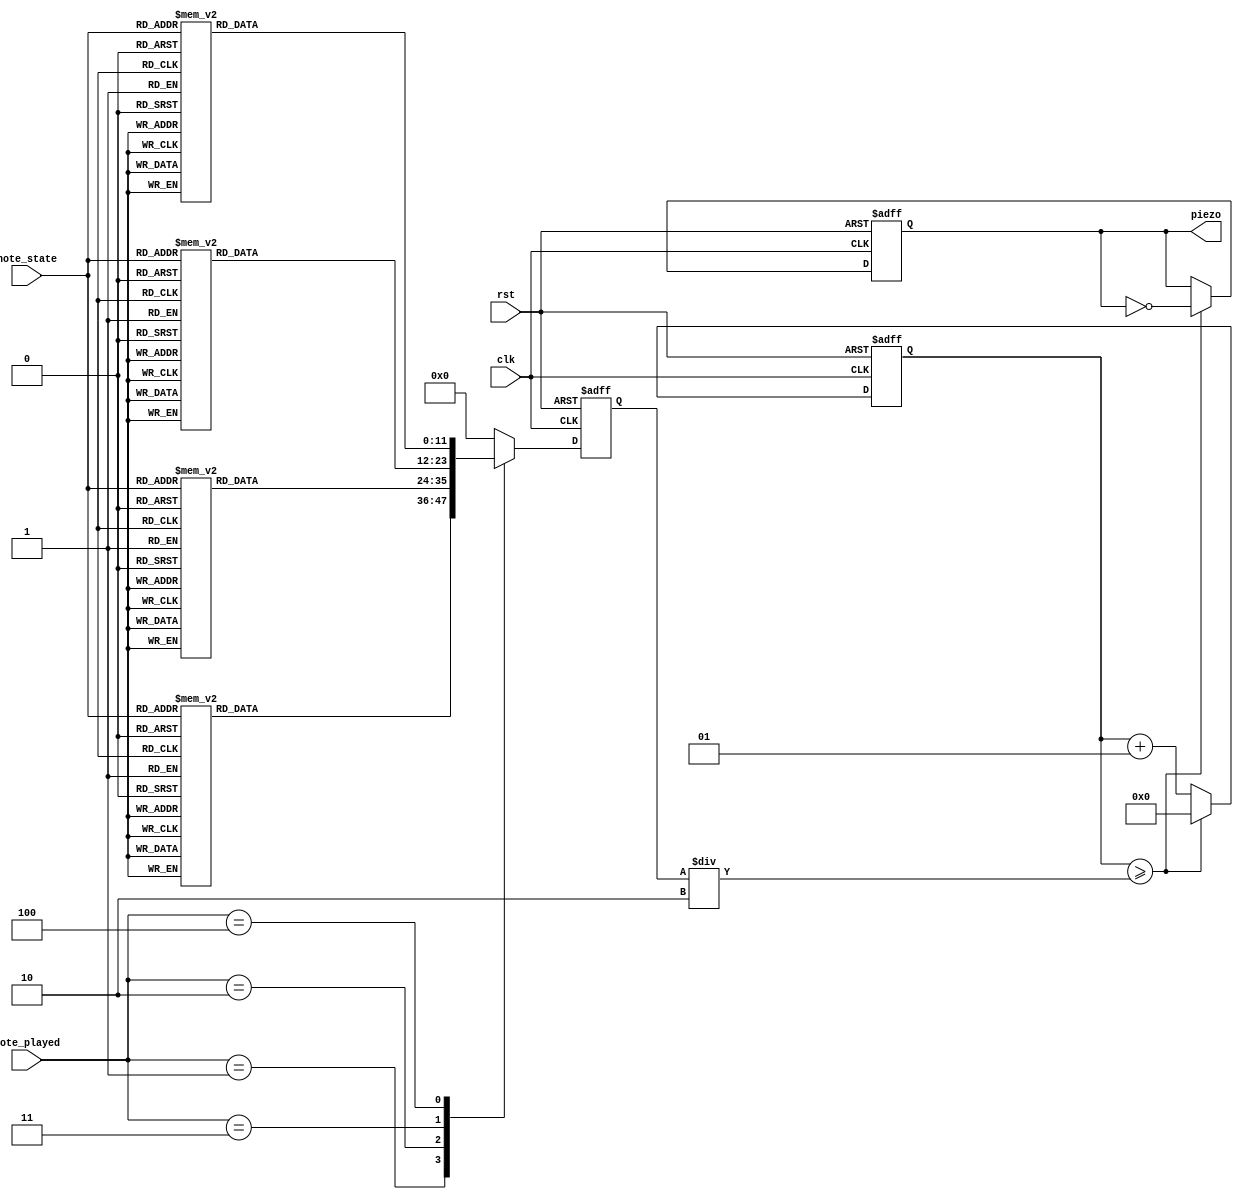
`timescale 1ns / 1ps
//////////////////////////////////////////////////////////////////////////////////
// Company: 
// Engineer: 
// 
// Design Name: 
// Module Name: item_based_piezo
// Project Name: 
// Target Devices: 
// Tool Versions: 
// Description: 
// 
// Dependencies: 
// 
// Revision:
// Revision 0.01 - File Created
// Additional Comments:
// 
//////////////////////////////////////////////////////////////////////////////////


module item_based_piezo(
    input clk, rst,
    input [3:0] note_state,
    input [2:0] note_played,
    output reg piezo
    );

    // piezo  
    reg [11:0] piezo_limit;
    parameter xx = 12'd0;
    parameter do = 12'd3830;
    parameter re = 12'd3400;
    parameter mi = 12'd3038;
    parameter fa = 12'd2864;
    parameter so = 12'd2550;
    parameter la = 12'd2272;
    parameter ti = 12'd2028;
    parameter high_do = 12'd1912;

    parameter note_100w = 1;
    parameter note_500w = 2;
    parameter note_1000w = 3;
    parameter note_prod1 = 4;
    parameter note_prod2 = 5;
    parameter note_prod3 = 6;
    parameter note_prod4 = 7;
    parameter note_buy_prod1 = 8;
    parameter note_buy_prod2 = 9;
    parameter note_buy_prod3 = 10;
    parameter note_buy_prod4 = 11;
    parameter note_warn = 12;

    parameter [12*4-1:0] note_100w_lut = { do, mi, so, so };
    parameter [12*4-1:0] note_500w_lut = { re, fa, la, la };
    parameter [12*4-1:0] note_1000w_lut = { mi, so, ti, ti };
    parameter [12*4-1:0] note_prod1_lut = { do, xx, do, xx };
    parameter [12*4-1:0] note_prod2_lut = { re, xx, re, xx };
    parameter [12*4-1:0] note_prod3_lut = { mi, xx, mi, xx };
    parameter [12*4-1:0] note_prod4_lut = { fa, xx, fa, xx };
    parameter [12*4-1:0] note_buy_prod1_lut = { do, re, mi, fa };
    parameter [12*4-1:0] note_buy_prod2_lut = { re, mi, fa, so };
    parameter [12*4-1:0] note_buy_prod3_lut = { mi, fa, so, la };
    parameter [12*4-1:0] note_buy_prod4_lut = { fa, so, la, ti };
    parameter [12*4-1:0] note_warn_lut = { ti, ti, ti, ti };

    //   always
    always @(negedge rst, posedge clk) begin
        if (!rst) begin
            piezo_limit = xx;
        end
        else begin
            //   1           
            case (note_played)
                1 : begin
                    case (note_state)
                        note_100w : piezo_limit = note_100w_lut[12*4-1:12*3];
                        note_500w : piezo_limit = note_500w_lut[12*4-1:12*3];
                        note_1000w : piezo_limit = note_1000w_lut[12*4-1:12*3];
                        note_prod1 : piezo_limit = note_prod1_lut[12*4-1:12*3];
                        note_prod2 : piezo_limit = note_prod2_lut[12*4-1:12*3];
                        note_prod3 : piezo_limit = note_prod3_lut[12*4-1:12*3];
                        note_prod4 : piezo_limit = note_prod4_lut[12*4-1:12*3];
                        note_buy_prod1 : piezo_limit = note_buy_prod1_lut[12*4-1:12*3];
                        note_buy_prod2 : piezo_limit = note_buy_prod2_lut[12*4-1:12*3];
                        note_buy_prod3 : piezo_limit = note_buy_prod3_lut[12*4-1:12*3];
                        note_buy_prod4 : piezo_limit = note_buy_prod4_lut[12*4-1:12*3];
                        note_warn : piezo_limit = note_warn_lut[12*4-1:12*3];
                        default : piezo_limit = xx;
                    endcase
                end
                2 : begin
                    case (note_state)
                        note_100w : piezo_limit = note_100w_lut[12*3-1:12*2];
                        note_500w : piezo_limit = note_500w_lut[12*3-1:12*2];
                        note_1000w : piezo_limit = note_1000w_lut[12*3-1:12*2];
                        note_prod1 : piezo_limit = note_prod1_lut[12*3-1:12*2];
                        note_prod2 : piezo_limit = note_prod2_lut[12*3-1:12*2];
                        note_prod3 : piezo_limit = note_prod3_lut[12*3-1:12*2];
                        note_prod4 : piezo_limit = note_prod4_lut[12*3-1:12*2];
                        note_buy_prod1 : piezo_limit = note_buy_prod1_lut[12*3-1:12*2];
                        note_buy_prod2 : piezo_limit = note_buy_prod2_lut[12*3-1:12*2];
                        note_buy_prod3 : piezo_limit = note_buy_prod3_lut[12*3-1:12*2];
                        note_buy_prod4 : piezo_limit = note_buy_prod4_lut[12*3-1:12*2];
                        note_warn : piezo_limit = note_warn_lut[12*3-1:12*2];
                        default : piezo_limit = xx;
                    endcase
                end
                3 : begin
                    case (note_state)
                        note_100w : piezo_limit = note_100w_lut[12*2-1:12*1];
                        note_500w : piezo_limit = note_500w_lut[12*2-1:12*1];
                        note_1000w : piezo_limit = note_1000w_lut[12*2-1:12*1];
                        note_prod1 : piezo_limit = note_prod1_lut[12*2-1:12*1];
                        note_prod2 : piezo_limit = note_prod2_lut[12*2-1:12*1];
                        note_prod3 : piezo_limit = note_prod3_lut[12*2-1:12*1];
                        note_prod4 : piezo_limit = note_prod4_lut[12*2-1:12*1];
                        note_buy_prod1 : piezo_limit = note_buy_prod1_lut[12*2-1:12*1];
                        note_buy_prod2 : piezo_limit = note_buy_prod2_lut[12*2-1:12*1];
                        note_buy_prod3 : piezo_limit = note_buy_prod3_lut[12*2-1:12*1];
                        note_buy_prod4 : piezo_limit = note_buy_prod4_lut[12*2-1:12*1];
                        note_warn : piezo_limit = note_warn_lut[12*2-1:12*1];
                        default : piezo_limit = xx;
                    endcase
                end
                4 : begin
                    case (note_state)
                        note_100w : piezo_limit = note_100w_lut[12*1-1:12*0];
                        note_500w : piezo_limit = note_500w_lut[12*1-1:12*0];
                        note_1000w : piezo_limit = note_1000w_lut[12*1-1:12*0];
                        note_prod1 : piezo_limit = note_prod1_lut[12*1-1:12*0];
                        note_prod2 : piezo_limit = note_prod2_lut[12*1-1:12*0];
                        note_prod3 : piezo_limit = note_prod3_lut[12*1-1:12*0];
                        note_prod4 : piezo_limit = note_prod4_lut[12*1-1:12*0];
                        note_buy_prod1 : piezo_limit = note_buy_prod1_lut[12*1-1:12*0];
                        note_buy_prod2 : piezo_limit = note_buy_prod2_lut[12*1-1:12*0];
                        note_buy_prod3 : piezo_limit = note_buy_prod3_lut[12*1-1:12*0];
                        note_buy_prod4 : piezo_limit = note_buy_prod4_lut[12*1-1:12*0];
                        note_warn : piezo_limit = note_warn_lut[12*1-1:12*0];
                        default : piezo_limit = xx;
                    endcase
                end
                default : begin
                    piezo_limit = xx;
                end
            endcase
        end
    end

    // piezo 
    integer piezo_cnt;
    always @(negedge rst, posedge clk) begin
        if (!rst) begin
            piezo <= 0;
            piezo_cnt <= 0;
        end 
        else if (piezo_cnt >= piezo_limit/2) begin
            piezo <= ~piezo;
            piezo_cnt <= 0;
        end
        else piezo_cnt <= piezo_cnt + 1;
    end
endmodule